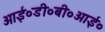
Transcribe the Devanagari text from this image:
आई०डी०बी०आई०